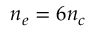
n _ { e } = 6 n _ { c }